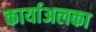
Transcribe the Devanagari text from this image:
कार्याअलका